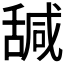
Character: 𦧩